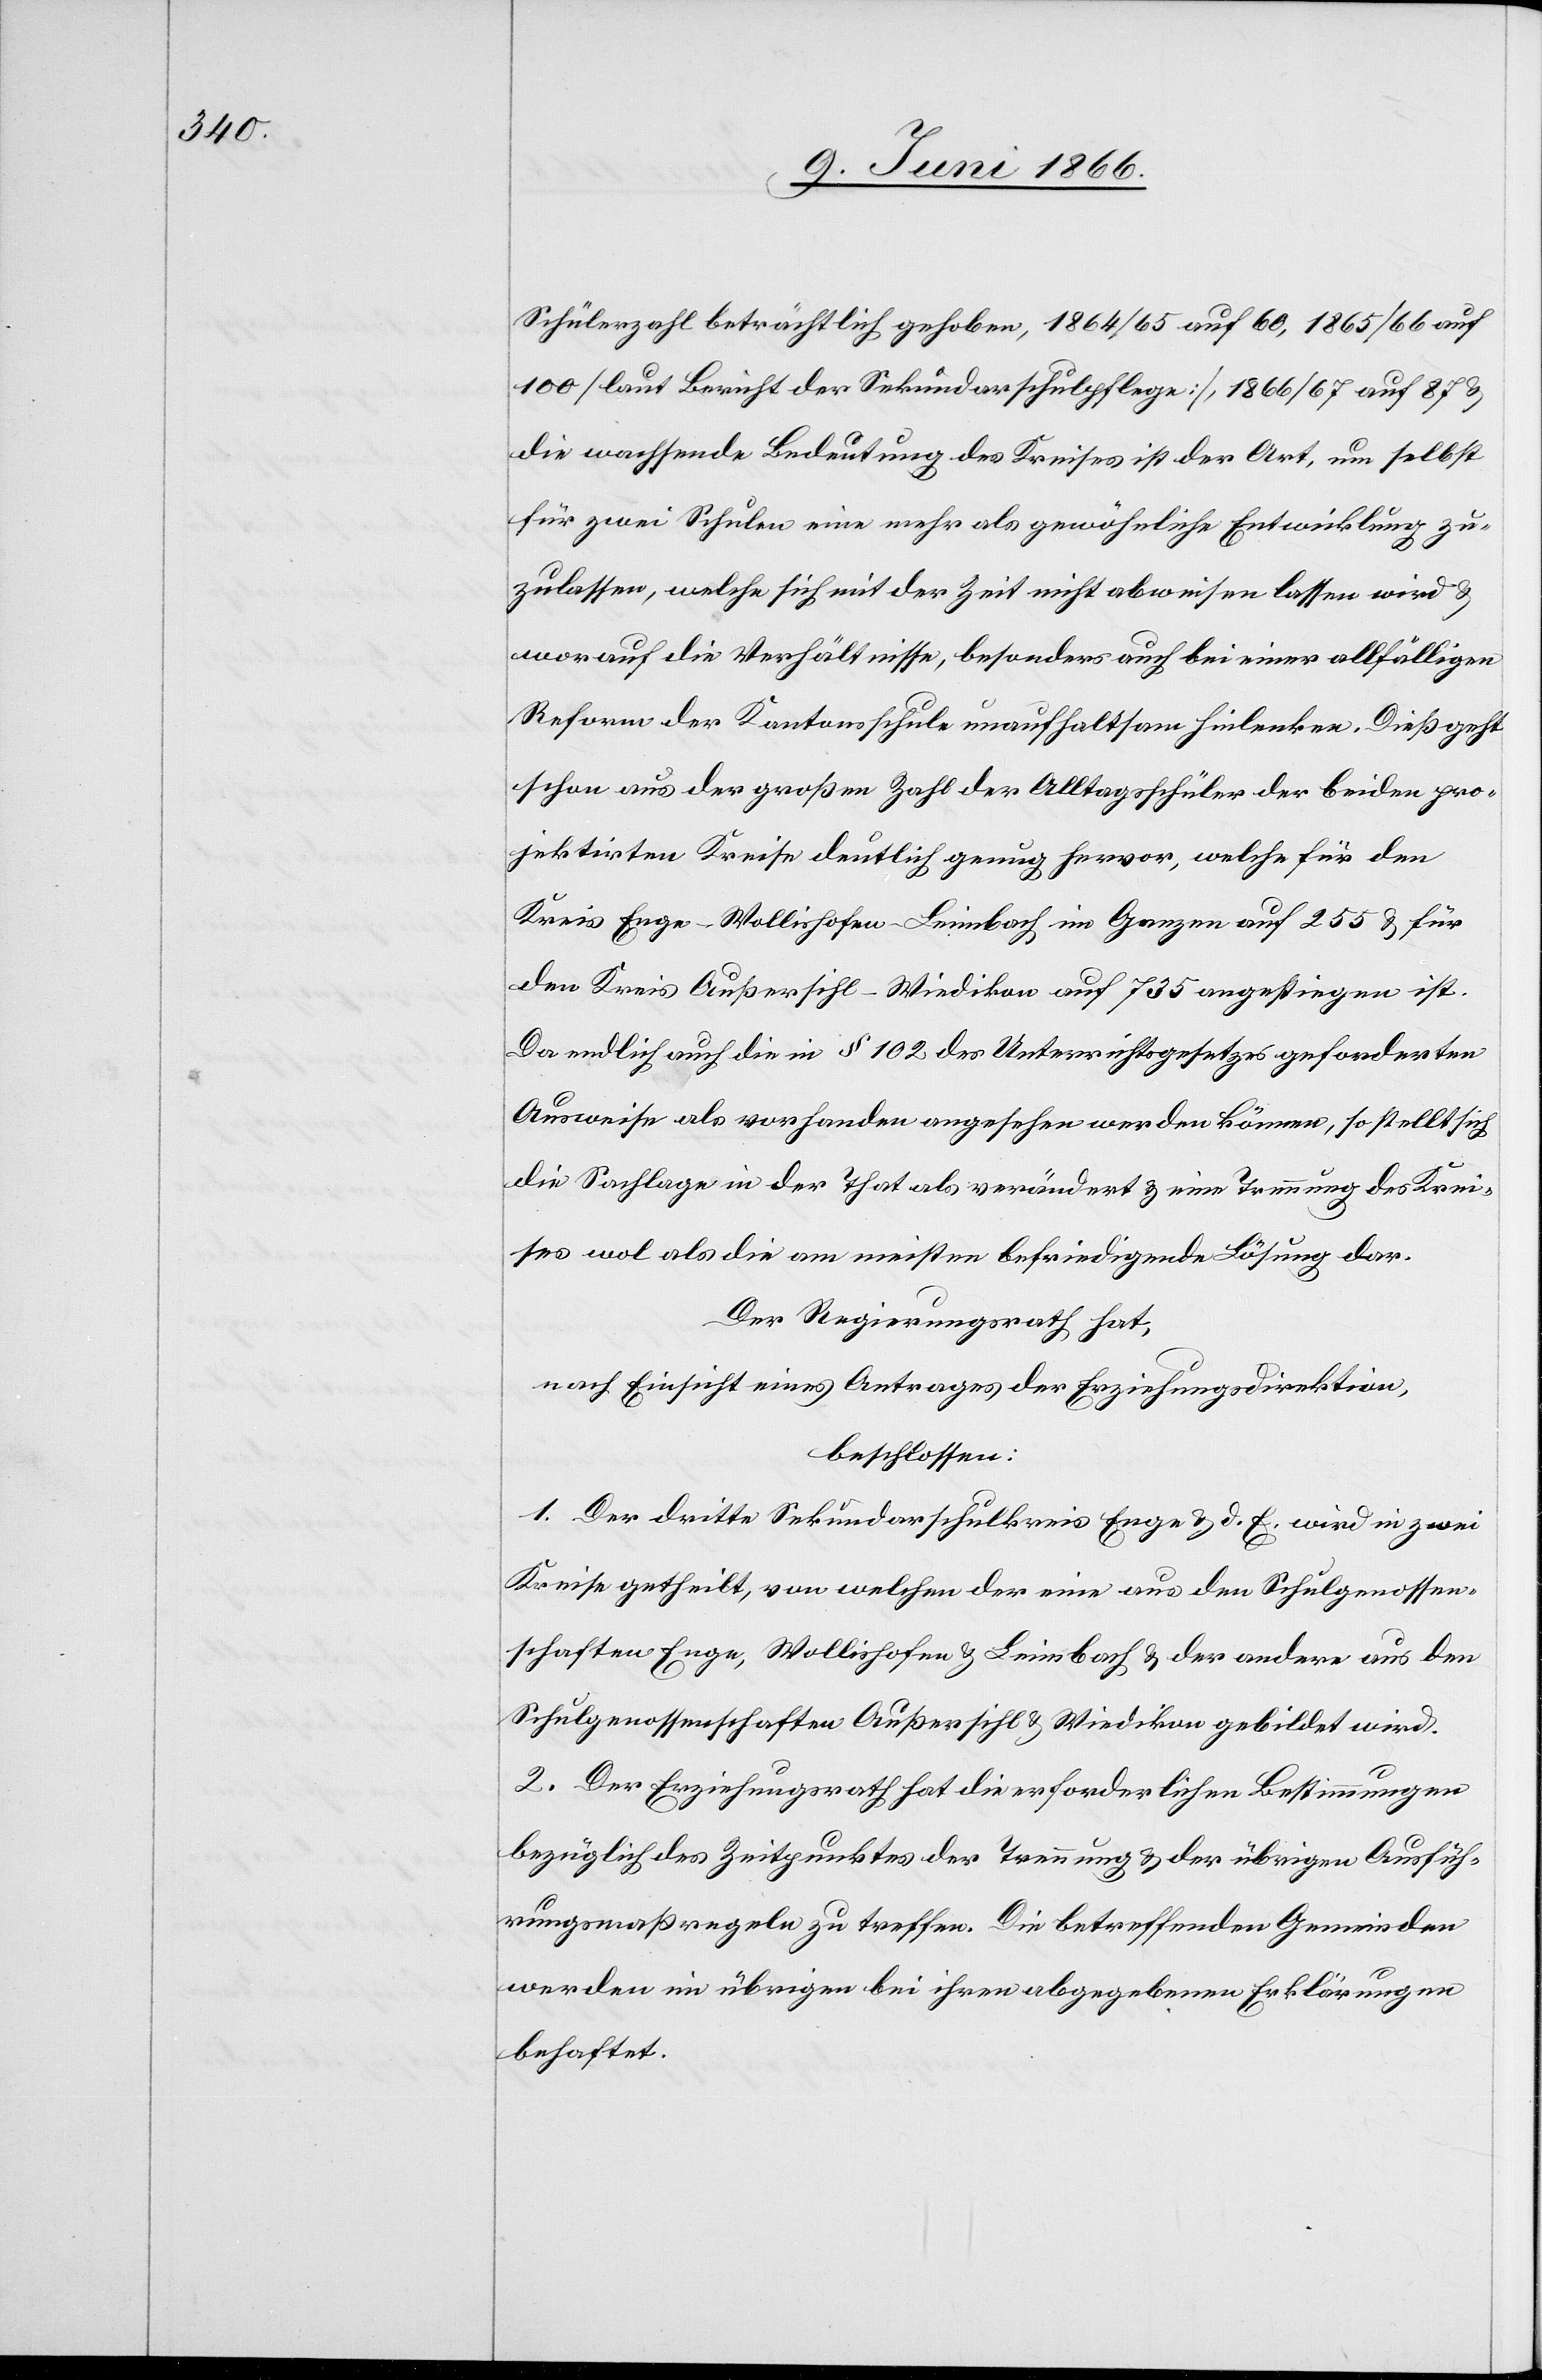
Schülerzahl beträchtlich gehoben, 1864/65 auf 60, 1865/66 auf
100 [laut Bericht der Sekundarschulpflege], 1866/67 auf 87 u.
die wachsende Bedeutung des Kreises ist der Art, um selbst
für zwei Schulen eine mehr als gewöhnliche Entwicklung zu¬
zulassen, welche sich mit der Zeit nicht abweisen lassen wird u.
worauf die Verhältnisse, besonders auch bei einer allfälligen
Reform der Kantonsschule unaufhaltsam hinlenken. Dieß geht
schon aus der großen Zahl der Alltagschüler der beiden pro¬
jektirten Kreise deutlich genug hervor, welche für den
Kreis Enge-Wollishofen-Leimbach im Ganzen auf 255 u. für
den Kreis Außersihl-Wiedikon auf 724 angestiegen ist.
Da endlich auch die in § 102 des Unterrichtsgesetzes geforderten
Ausweise als vorhanden angesehen werden können, so stellt sich
die Sachlage in der That als verändert u. eine Trennung des Krei¬
ses als die am meisten befriedigende Lösung dar.
Der Regierungsrath hat,
nach Einsicht eines Antrages der Erziehungsdirektion,
beschlossen:
1. Der dritte Sekundarschulkreis Enge u. d. E. wird in zwei
Kreise getheilt, von welchen der eine aus den Schulgenossen¬
schaften Enge, Wollishofen u. Leimbach u. der andere aus den
Schulgenossenschaften Außersihl u. Wiedikon gebildet wird.
2. Der Erziehungsrath hat die erforderlichen Bestimmungen
bezüglich des Zeitpunktes der Trennung u. der übrigen Ausfüh¬
rungsmaßregeln zu treffen. Die betreffenden Gemeinden
werden im übrigen bei ihren abgegebenen Erklärungen
behaftet.